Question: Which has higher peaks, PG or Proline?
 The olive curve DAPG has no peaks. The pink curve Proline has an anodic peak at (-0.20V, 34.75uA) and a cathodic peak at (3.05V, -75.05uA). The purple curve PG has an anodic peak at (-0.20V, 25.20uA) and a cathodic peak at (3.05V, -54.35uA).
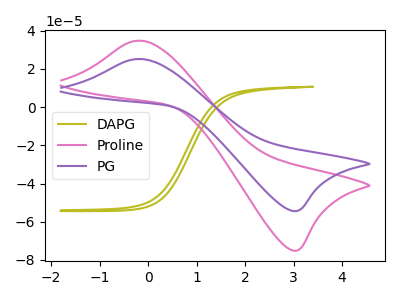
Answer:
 <answer>Every peak in "PG" is lower than every peak in "Proline".</answer>
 <eval>lower</eval>